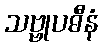
သဗ္ဗုပဓီနံ